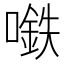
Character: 𰈲